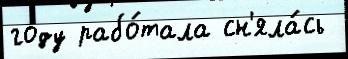
году рабо́тала сн'яла́сь